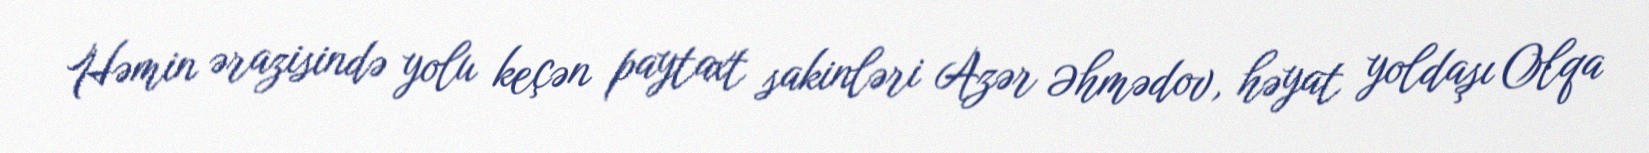
Həmin ərazisində yolu keçən paytaxt sakinləri Azər Əhmədov, həyat yoldaşı Olqa